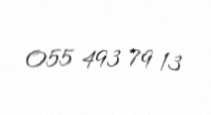
055 493 79 13